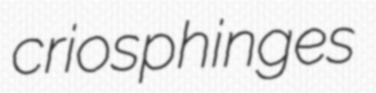
criosphinges